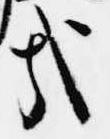
哉